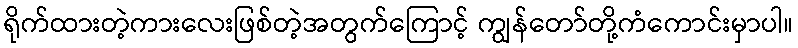
ရိုက်ထားတဲ့ကားလေးဖြစ်တဲ့အတွက်ကြောင့် ကျွန်တော်တို့ကံကောင်းမှာပါ။